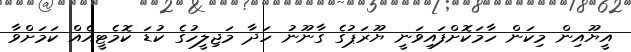
އީޔޫއިން މިކަން ހާމަކޮށްފައިވަނީ ޔޫރަޕުގެ ގާނޫނު ހަދާ މަޖިލީހުގެ ކުޑަ ކޮމެޓީއެއް ކަމަށްވާ